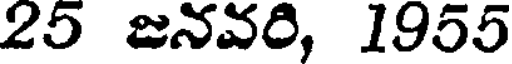
25 జనవరి, 1955